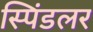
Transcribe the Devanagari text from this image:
स्पिंडलर